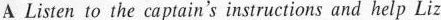
A Listen to the captain's instructions and help Liz